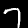
Digit: 7